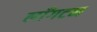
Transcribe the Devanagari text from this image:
लाँगटन